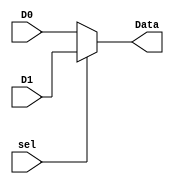
`timescale 1ns / 1ps
//////////////////////////////////////////////////////////////////////////////////
// Company: 
// Engineer: 
// 
// Design Name: 
// Module Name: mux2to1
// Project Name: 
// Target Devices: 
// Tool Versions: 
// Description: 
// 
// Dependencies: 
// 
// Revision:
// Revision 0.01 - File Created
// Additional Comments:
// 
//////////////////////////////////////////////////////////////////////////////////


module mux2to1(
    output reg[31:0] Data,
    input [31:0] D0, D1,
    input sel
    );
    always@(*)
    Data = sel ? D1 : D0;
endmodule